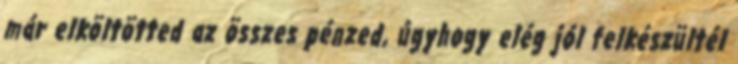
már elköltötted az összes pénzed, úgyhogy elég jól felkészültél